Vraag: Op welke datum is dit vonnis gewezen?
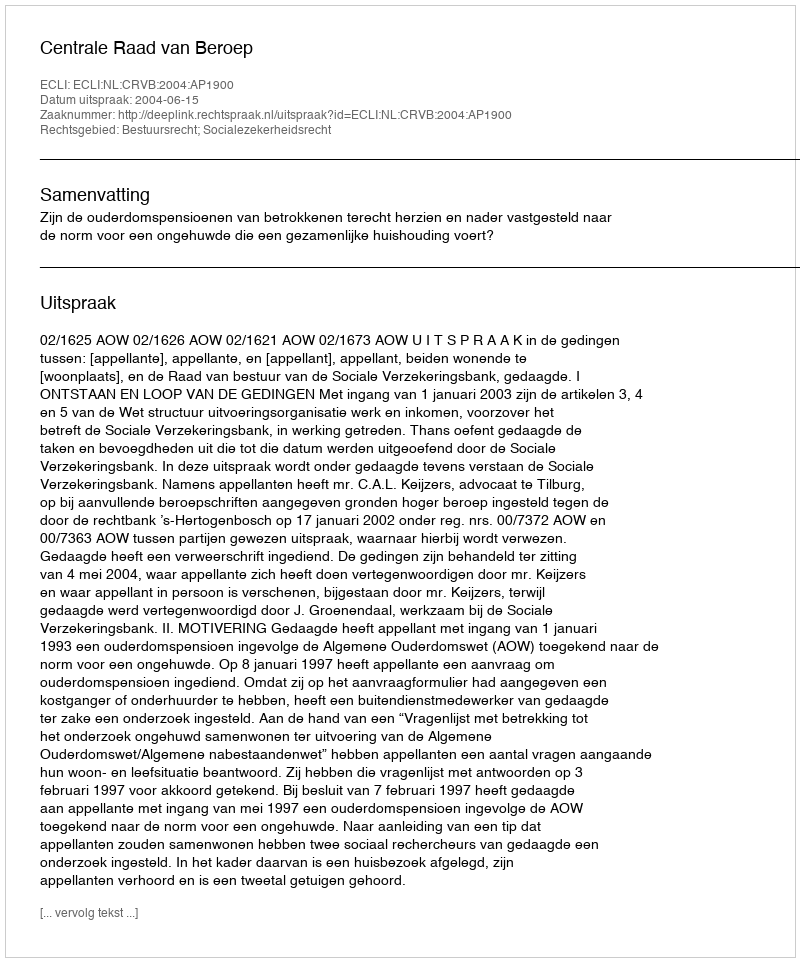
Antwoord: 2004-06-15